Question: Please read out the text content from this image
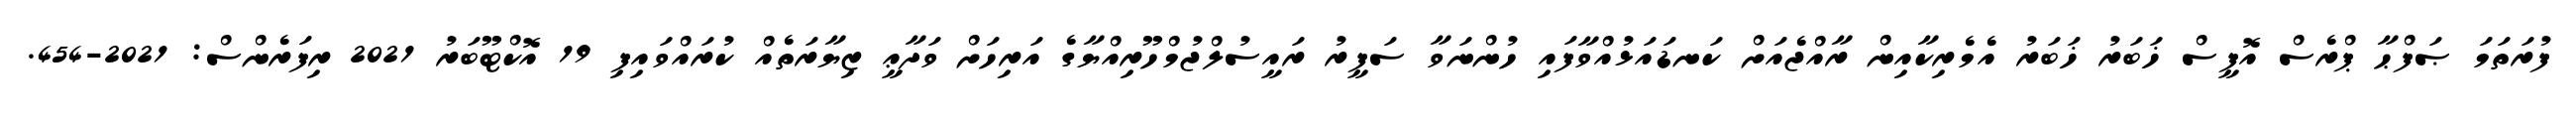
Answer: ފުރަތަމަ ޞަފްޙާ ޕްރެސް އޮފީސް ޚަބަރު ޚަބަރު އެމެރިކާއިން ރާއްޖެއަށް ކަނޑައަޅުއްވާފައި ހުންނަވާ ސަފީރު ރައީސުލްޖުމްހޫރިއްޔާގެ އަރިހަށް ވަދާޢީ ޒިޔާރަތެއް ކުރައްވައިފި 19 އޮކްޓޫބަރު 2021 ރިފަރެންސް: 2021-454.